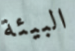
البيئة